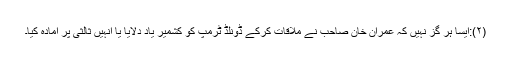
(۲):ایسا ہر گز نہیں کہ عمران خان صاحب نے ملاقات کرکے ڈونلڈ ٹرمپ کو کشمیر یاد دلایا یا انہیں ثالثی پر آمادہ کیا۔